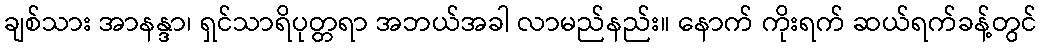
ချစ်သား အာနန္ဒာ၊ ရှင်သာရိပုတ္တရာ အဘယ်အခါ လာမည်နည်း။ နောက် ကိုးရက် ဆယ်ရက်ခန့်တွင်